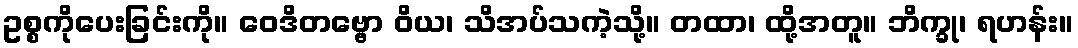
ဥစ္စကိုပေးခြင်းကို။ ဝေဒိတဗ္ဗော ဝိယ၊ သိအပ်သကဲ့သို့။ တထာ၊ ထို့အတူ။ ဘိက္ခု၊ ရဟန်း။